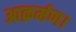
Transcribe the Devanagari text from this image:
आक्रर्मण।